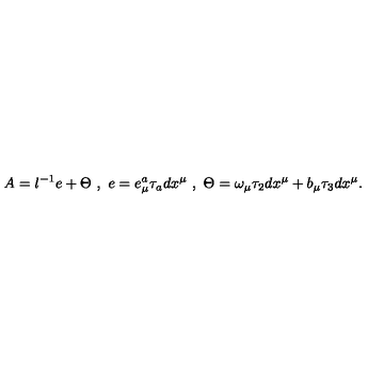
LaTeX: A = l ^ { - 1 } e + \Theta \ , \ e = e _ { \mu } ^ { a } \tau _ { a } d x ^ { \mu } \ , \ \Theta = \omega _ { \mu } \tau _ { 2 } d x ^ { \mu } + b _ { \mu } \tau _ { 3 } d x ^ { \mu } .